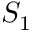
S _ { 1 }